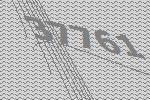
37761